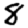
Digit: 8